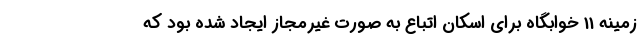
زمینه 11 خوابگاه برای اسکان اتباع به صورت غیرمجاز ایجاد شده بود که